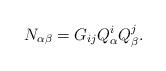
LaTeX: \begin{align*}N_{\alpha\beta} = G_{ij} Q^i_\alpha Q^j_\beta.\end{align*}